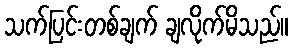
သက်ပြင်းတစ်ချက် ချလိုက်မိသည်။